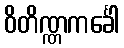
ဝိတိဏ္ဏကင်္ခေါ